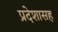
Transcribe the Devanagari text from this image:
प्रदेशासह